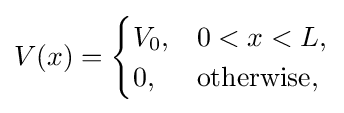
V(x)={\begin{cases}V_{0},&0<x<L,\\0,&{\text{otherwise,}}\end{cases}}